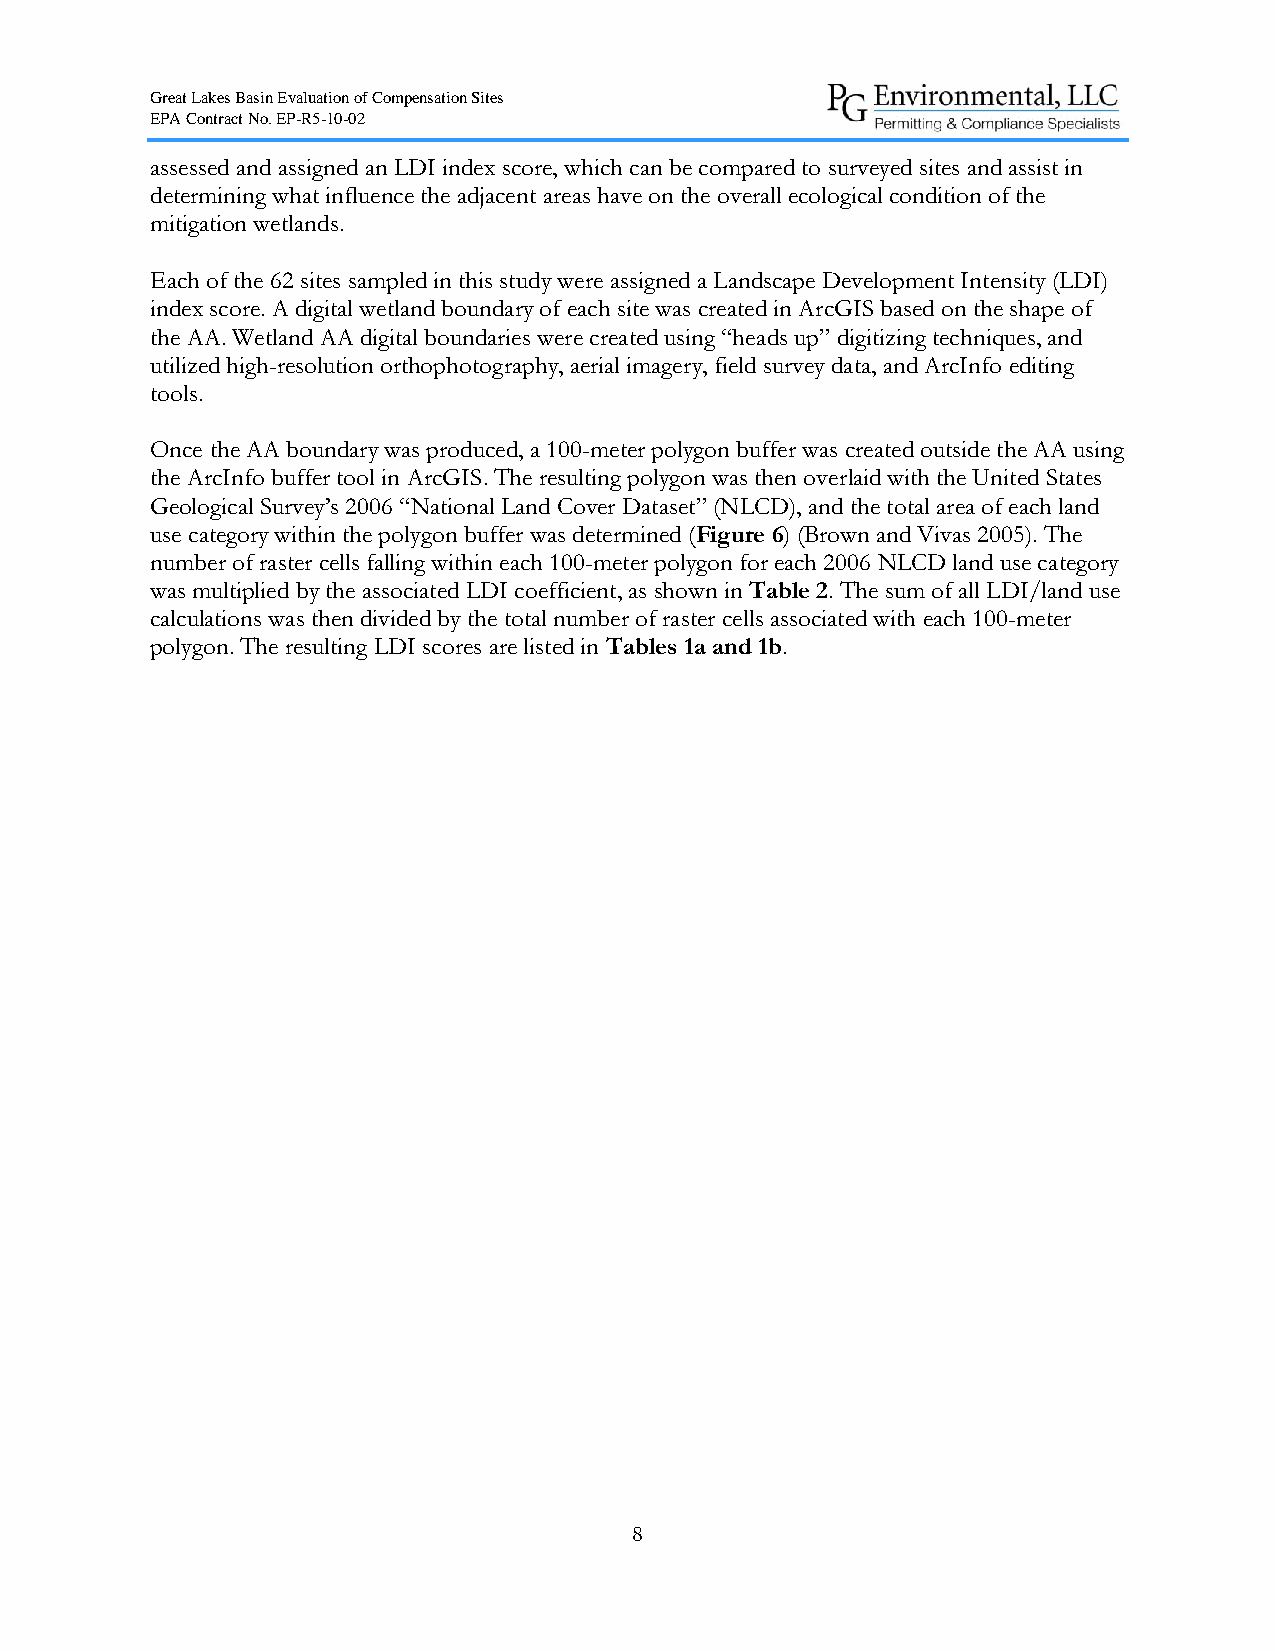
Great Lakes Basin Evaluation of Compensation Sites
 EPA Contract No. EP-R5-10-02
 assessed and assigned an LDI index score, which can be compared to surveyed sites and assist in
 determining what influence the adjacent areas have on the overall ecological condition of the
 mitigation wetlands.
 Each of the 62 sites sampled in this study were assigned a Landscape Development Intensity (LDI)
 index score. A digital wetland boundary of each site was created in ArcGIS based on the shape of
 the AA. Wetland AA digital boundaries were created using “heads up” digitizing techniques, and
 utilized high-resolution orthophotography, aerial imagery, field survey data, and ArcInfo editing
 tools.
 Once the AA boundary was produced, a 100-meter polygon buffer was created outside the AA using
 the ArcInfo buffer tool in ArcGIS. The resulting polygon was then overlaid with the United States
 Geological Survey’s 2006 “National Land Cover Dataset” (NLCD), and the total area of each land
 use category within the polygon buffer was determined (Figure 6) (Brown and Vivas 2005). The
 number of raster cells falling within each 100-meter polygon for each 2006 NLCD land use category
 was multiplied by the associated LDI coefficient, as shown in Table 2. The sum of all LDI/land use
 calculations was then divided by the total number of raster cells associated with each 100-meter
 polygon. The resulting LDI scores are listed in Tables 1a and 1b.
 8